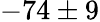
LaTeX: -74\pm 9